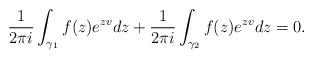
LaTeX: \begin{align*} \frac1{2\pi i}\int_{\gamma_1}f(z)e^{zv}dz+\frac1{2\pi i}\int_{\gamma_2}f(z)e^{zv}dz=0. \end{align*}